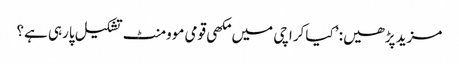
مزید پڑھیں: ’کیا کراچی میں مکھی قومی موومنٹ تشکیل پارہی ہے؟